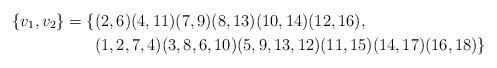
LaTeX: \begin{align*}\{v_1,v_2\}=\{&(2, 6)(4, 11)(7, 9)(8, 13)(10, 14)(12, 16), \\&(1, 2, 7, 4)(3, 8, 6, 10)(5, 9, 13, 12)(11, 15)(14, 17)(16, 18)\}\end{align*}